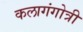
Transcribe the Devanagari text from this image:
कलागंगोत्री